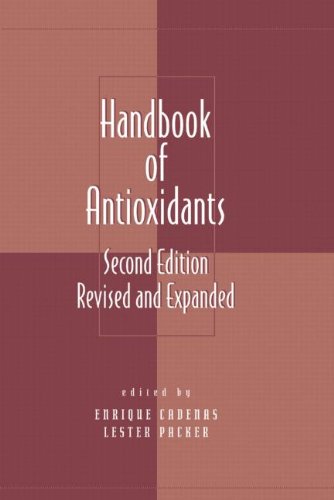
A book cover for Handbook of Antioxidants (Oxidative Stress and Disease); Health, Fitness & Dieting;